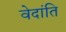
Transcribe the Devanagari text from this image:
वेदांति